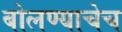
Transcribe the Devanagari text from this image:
बोलण्याचेच